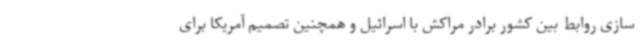
سازی روابط بین کشور برادر مراکش با اسرائیل و همچنین تصمیم آمریکا برای